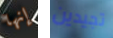
إنها تجيدين